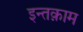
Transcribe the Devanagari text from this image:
इन्तक़ाम